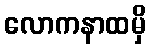
လောကနာထမှိ